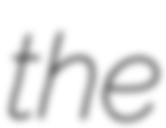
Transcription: the